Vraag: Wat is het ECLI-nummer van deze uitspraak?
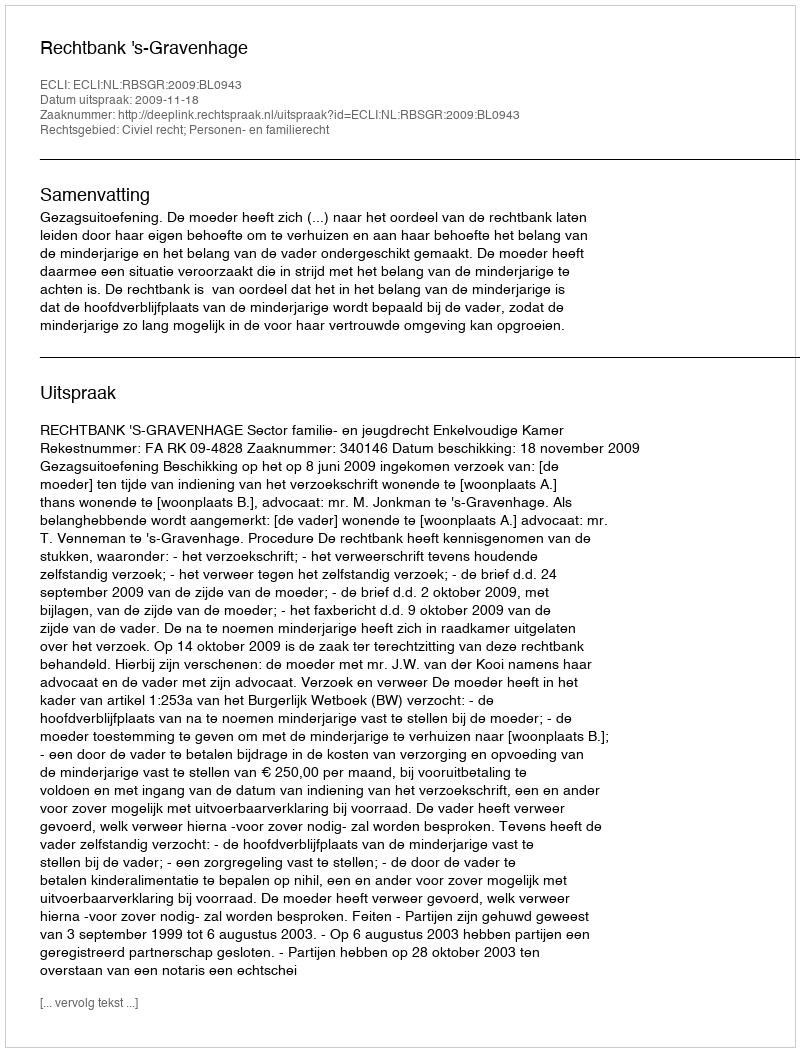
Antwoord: ECLI:NL:RBSGR:2009:BL0943